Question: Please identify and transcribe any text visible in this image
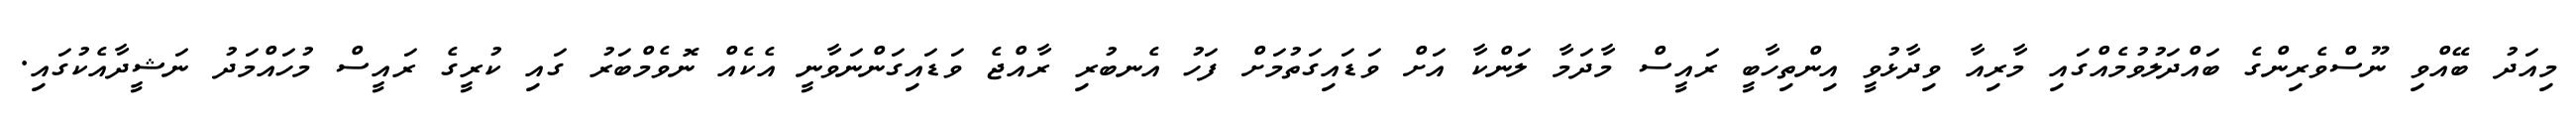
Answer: މިއަދު ބޭއްވި ނޫސްވެރިންގެ ބައްދަލުވުމެއްގައި މާރިއާ ވިދާޅުވީ އިންތިހާބީ ރައީސް މާދަމާ ލަންކާ އަށް ވަޑައިގަތުމަށް ފަހު އެނބުރި ރާއްޖެ ވަޑައިގަންނަވާނީ އެކެއް ނޮވެމްބަރު ގައި ކުރީގެ ރައީސް މުހައްމަދު ނަޝީދާއެކުގައި.